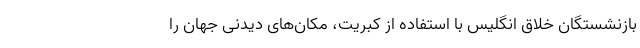
بازنشستگان خلاق انگلیس با استفاده از کبریت، مکان‌های دیدنی جهان را